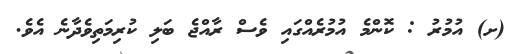
(ށ) އުމުރު : ކޮންމެ އުމުރެއްގައި ވެސް ރާއްޖެ ބަލި ކުރިމަތިވެދާނެ އެވެ.